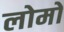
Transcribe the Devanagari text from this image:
लोमो